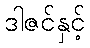
ဒါဇင်နှင့်